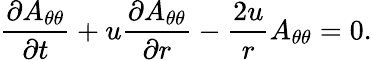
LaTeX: \frac{\partial A_{\theta\theta}}{\partial t}+u\frac{\partial A_{\theta\theta}}{\partial r}-\frac{2u}{r}A_{\theta\theta}=0.